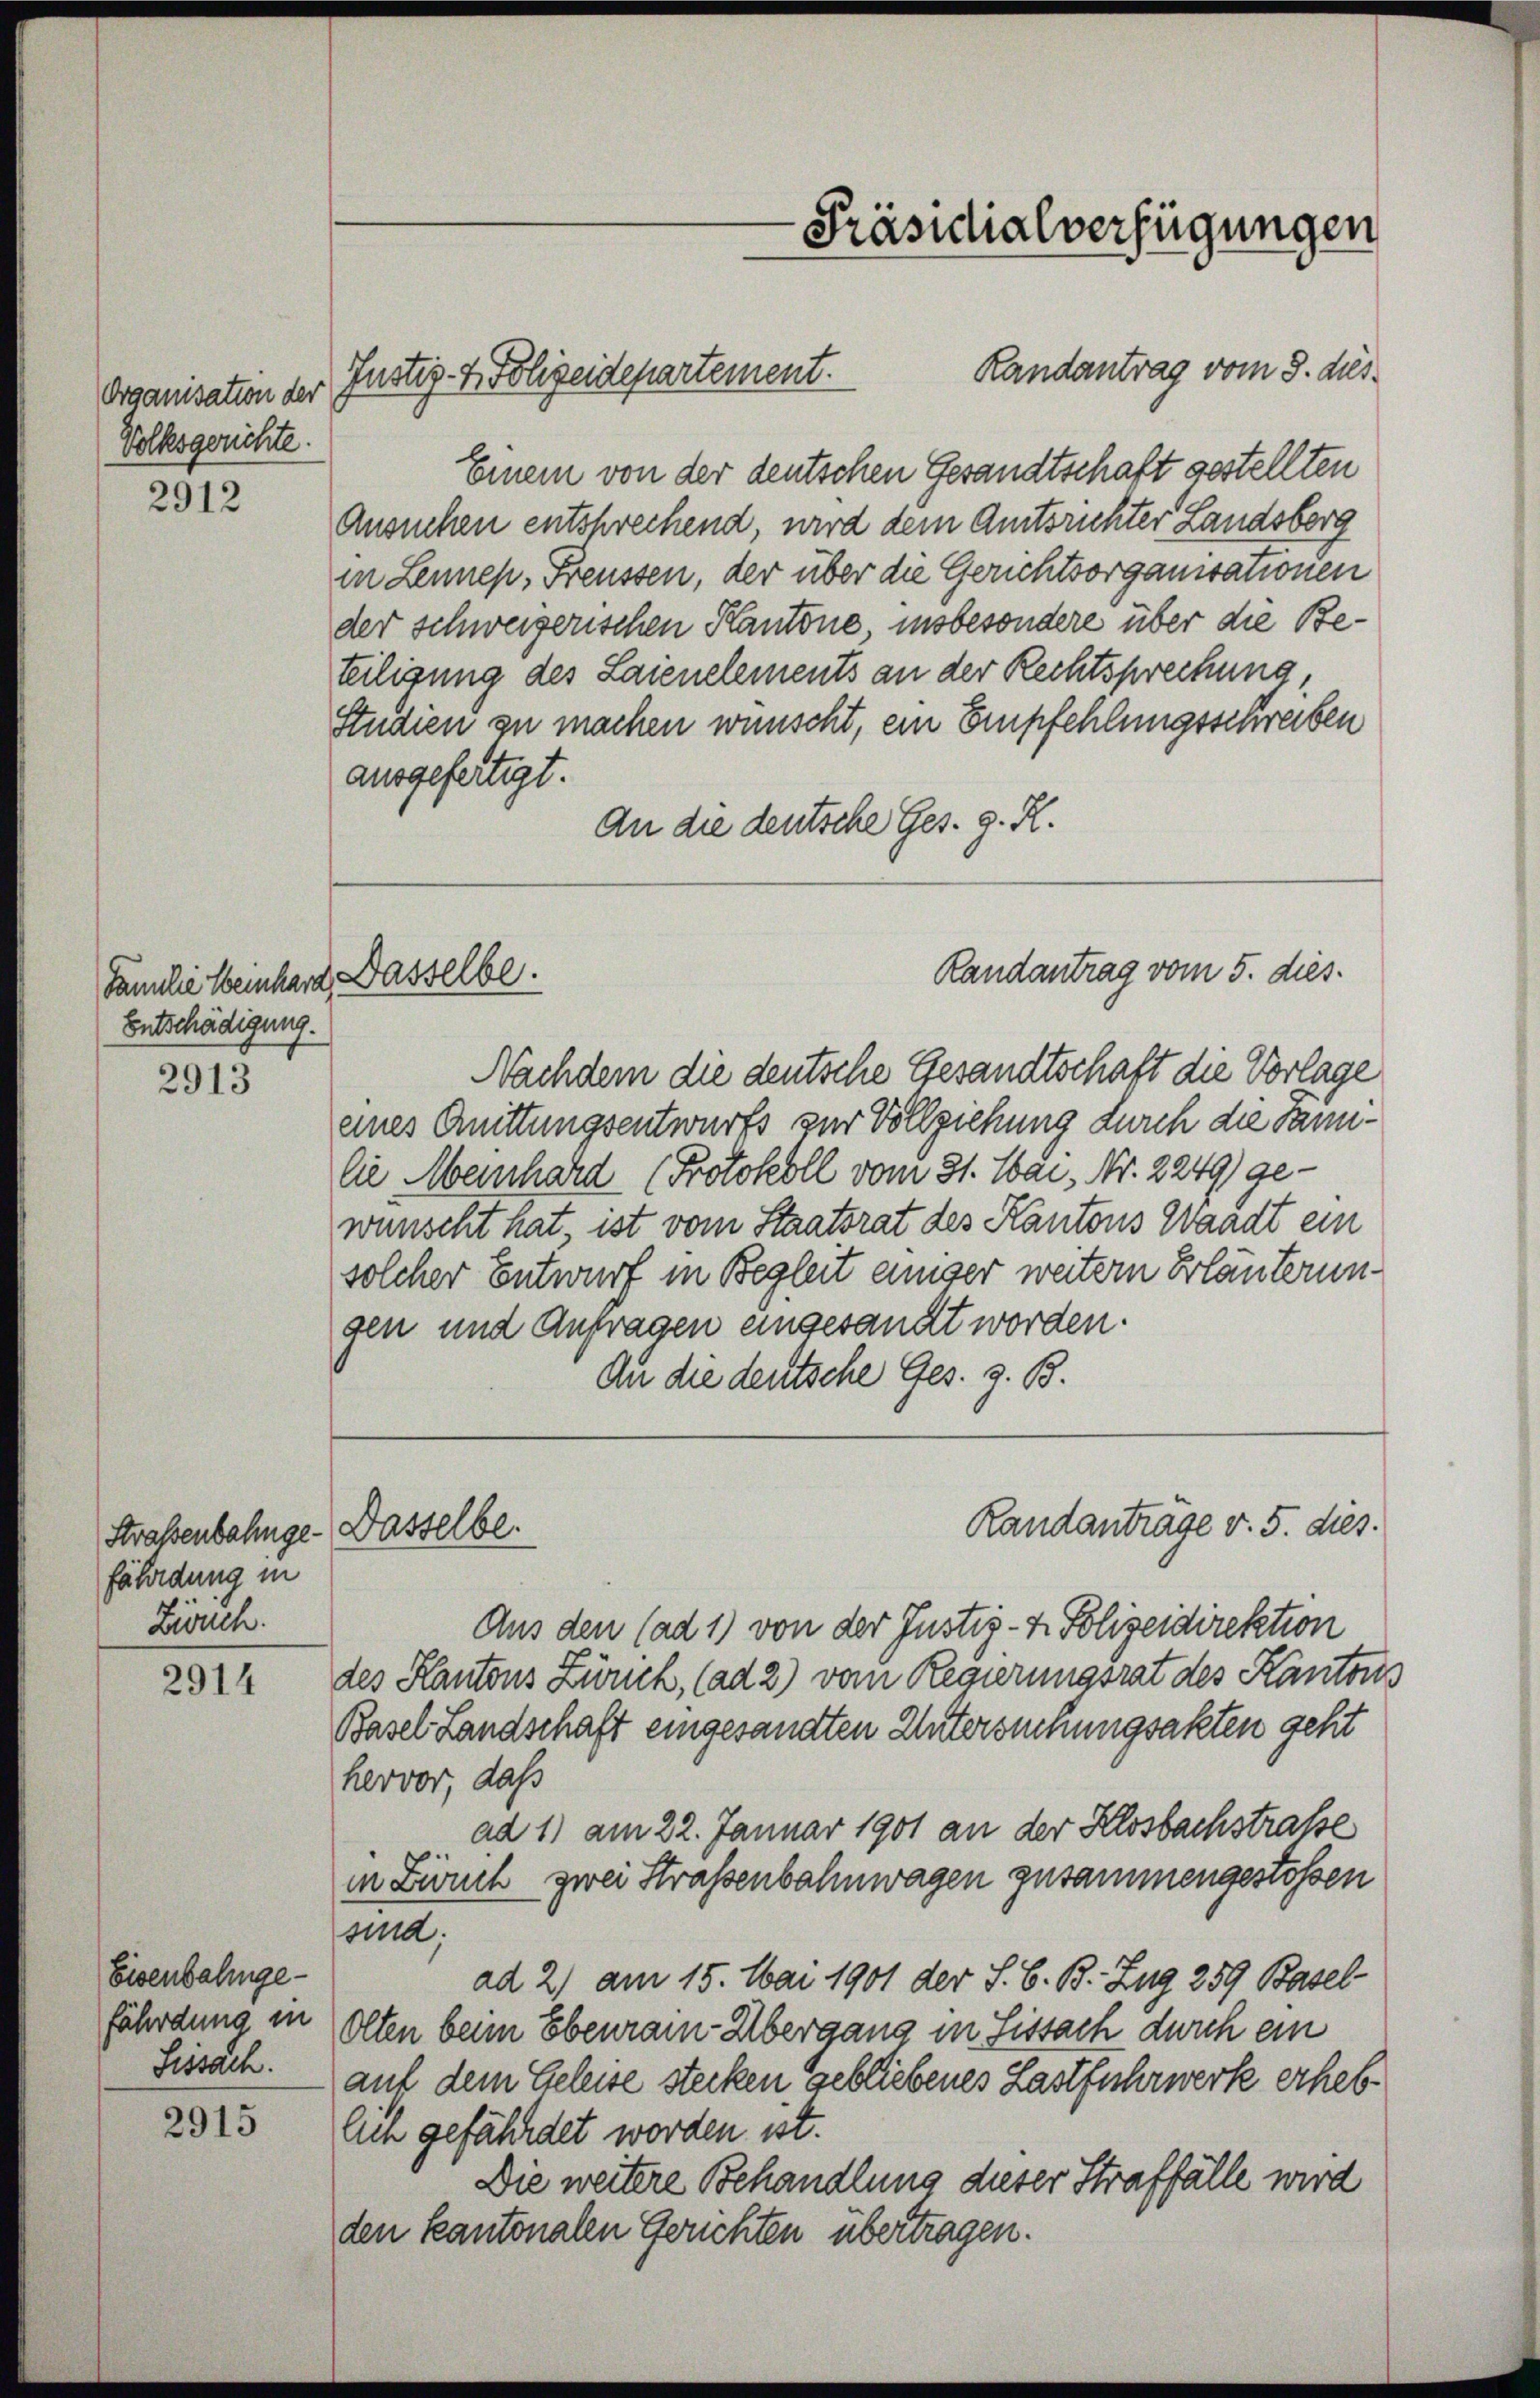
Organisation der
Volksgerichte

2912

Familie einhard Dasselbe.
Entschädigung.

2913

Straßenbahnge- Dasselbe.
fährdung in
Zürch.

2914

Eisenbahngefährdung in
Sissach.

2915

Randantrag vom 8. dies
Einem von der deutschen Gesandtschaft gestellten
Ansuchen entsprechend, wird dem Amtsrichter Landsberg
in Lennen, Freussen, der über die Gerichtsorganisationen
der schweizerischen Kantone, insbesondere über die Beteiligung des Laienelements an der Rechtsprechung,
Studien zu machen wünscht, ein Empfehlungsschreiben
ausgefertigt.
An die deutsche Ges. g. R.

Justiz- & Polizeidepartement.

-Präsidialverfügungen

Randantrag vom 5. dies

Nachdem die deutsche Gesandtschaft die Vorlage
eines Quittungsentwurfs zur Vollziehung durch die Sanilie Meinhard (Protokoll vom 31. Mai, Nr. 2249) ge-
wünscht hat, ist vom Staatsrat des Kantons Waadt ein
solcher Entwurf in Begleit einser weitern Erläuterungen und Anfragen eingesandt worden.
An die deutsche Ges. z. B.

Aus den (ad 1) von der Justiz- & Polizeidirektion
des Kantons Zürich, (ad 2) vom Regierungsrat des Kantons
Basel Landschaft eingesandten Untersuchungsakten geht
hervor, daß
ad 1) am 22. Januar 1901 an der Klosbachstraße
in Zürich zwei Straßenbahnwagen zusammengestossen
sind:
ad 2) am 15. Mai 1901 der S. B. B. Zug 259 Basel-
Olten beim Ebenrain Übergang in Fissach durch ein
auf dem Geleise stecken gebliebenes Lastfuhrwerk erheb
lich gefährdet worden ist.
Die weitere Behandlung dieser Straffälle wird
den kantonalen Gerichten übertragen.

Randanträge v. 5. dies